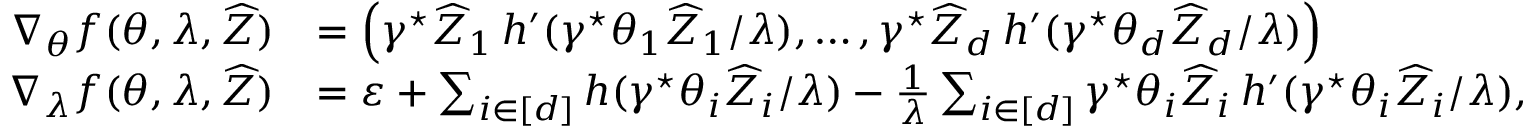
\begin{array} { r l } { \nabla _ { \theta } f ( \theta , \lambda , \widehat Z ) } & { = \left( \gamma ^ { \star } \widehat Z _ { 1 } \, h ^ { \prime } ( \gamma ^ { \star } \theta _ { 1 } \widehat Z _ { 1 } / \lambda ) , \ldots , \gamma ^ { \star } \widehat Z _ { d } \, h ^ { \prime } ( \gamma ^ { \star } \theta _ { d } \widehat Z _ { d } / \lambda ) \right) } \\ { \nabla _ { \lambda } f ( \theta , \lambda , \widehat Z ) } & { = \varepsilon + \sum _ { i \in [ d ] } h ( \gamma ^ { \star } \theta _ { i } \widehat Z _ { i } / \lambda ) - \frac { 1 } { \lambda } \sum _ { i \in [ d ] } \gamma ^ { \star } \theta _ { i } \widehat Z _ { i } \, h ^ { \prime } ( \gamma ^ { \star } \theta _ { i } \widehat Z _ { i } / \lambda ) , } \end{array}